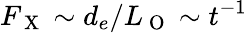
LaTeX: F_{\mathrm{~X~}}\sim d_{e}/L_{\mathrm{~O~}}\sim t^{-1}